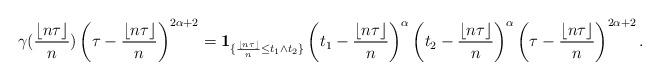
LaTeX: \begin{align*}\gamma( \frac { \lfloor n\tau \rfloor}n) \left(\tau- \frac { \lfloor n\tau \rfloor}n \right)^{2\alpha+2} = \mathbf{1} _{\{ \frac {\lfloor n\tau \rfloor}n \le t_1\wedge t_2 \}} \left( t_1- \frac { \lfloor n\tau \rfloor}n \right)^{\alpha}\left( t_2- \frac { \lfloor n\tau \rfloor}n \right)^{\alpha} \left(\tau- \frac { \lfloor n\tau \rfloor}n \right)^{2\alpha+2}.\end{align*}